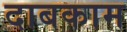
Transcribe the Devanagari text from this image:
दाबकाम